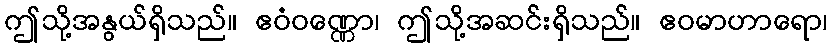
ဤသို့အနွယ်ရှိသည်။ ဧဝံဝဏ္ဏော၊ ဤသို့အဆင်းရှိသည်။ ဧဝမာဟာရော၊